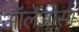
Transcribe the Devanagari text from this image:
ऑलेओसा